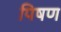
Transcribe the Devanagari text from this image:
पिषण